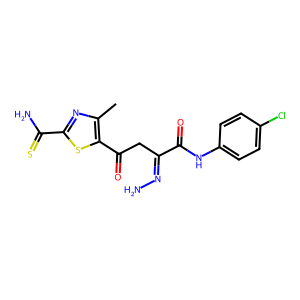
SMILES: Cc1nc(C(N)=S)sc1C(=O)CC(=NN)C(=O)Nc1ccc(Cl)cc1
Inhibits HIV replication: No